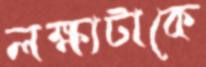
লক্ষ্যটাকে